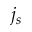
j _ { s }